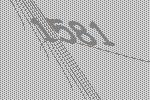
1581